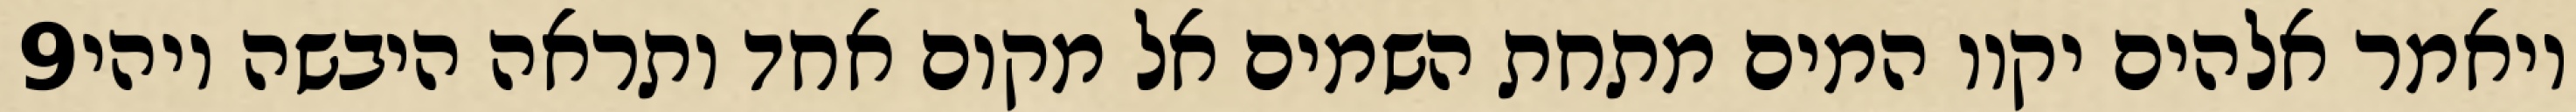
‎9‏ ויאמר אלהים יקוו המים מתחת השמים אל מקום אחד ותראה היבשה ויהי